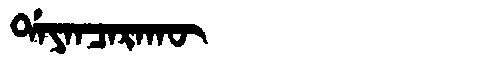
Manchu: ᡩᠠᠶᠠᠨᠴᠠᡵᠠᡴᡡ
Romanization: DAYANCARAKŪ